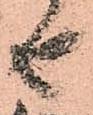
由